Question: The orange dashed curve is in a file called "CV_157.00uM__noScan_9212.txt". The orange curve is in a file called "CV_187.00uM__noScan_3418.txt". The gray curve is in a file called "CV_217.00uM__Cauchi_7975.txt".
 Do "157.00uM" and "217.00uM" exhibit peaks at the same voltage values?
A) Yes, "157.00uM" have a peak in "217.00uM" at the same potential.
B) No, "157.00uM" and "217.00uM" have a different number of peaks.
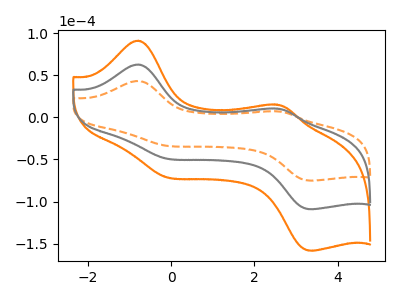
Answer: <think>The orange dashed curve "157.00uM" has anodic peaks at (-0.80V, 43.20uA) (2.50V, 7.20uA) and cathodic peaks at (-0.20V, -33.15uA) (3.30V, -75.00uA). The orange curve "187.00uM" has anodic peaks at (-0.80V, 125.35uA) (2.50V, 20.95uA) and cathodic peaks at (-0.20V, -96.25uA) (3.30V, -217.70uA). The gray curve "217.00uM" has anodic peaks at (-0.80V, 62.70uA) (2.50V, 10.45uA) and cathodic peaks at (-0.20V, -48.15uA) (3.30V, -108.85uA).</think>
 <answer>A) Yes, "157.00uM" have a peak in "217.00uM" at the same potential.</answer>
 <eval>A</eval>